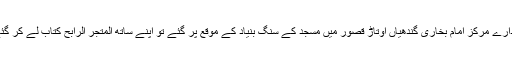
تقریبا ۲۰۰۶ میں بابا جی ہمارے ادارے مرکز امام بخاری گندھیاں اوتاڑ قصور میں مسجد کے سنگ بنیاد کے موقع پر گئے تو اپنے ساتھ المتجر الرابح کتاب لے کر گئے اور ہمارے ادارے کو تحفہ دیا ۔